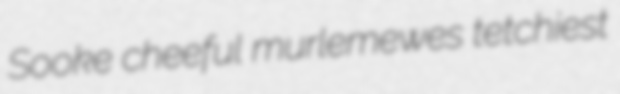
Sooke cheeful murlemewes tetchiest